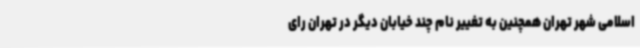
اسلامی شهر تهران همچنین به تغییر نام چند خیابان دیگر در تهران رای